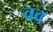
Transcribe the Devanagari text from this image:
वव